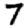
Digit: 7